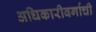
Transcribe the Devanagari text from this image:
अधिकारीवर्गाची